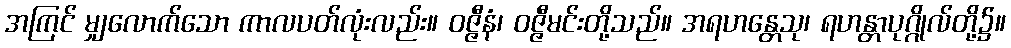
အကြင် မျှလောက်သော ကာလပတ်လုံးလည်း။ ဝဇ္ဇီနံ၊ ဝဇ္ဇီမင်းတို့သည်။ အရဟန္တေသု၊ ရဟန္တာပုဂ္ဂိုလ်တို့၌။